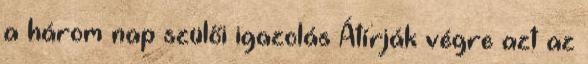
a három nap szülői igazolás Átírják végre azt az